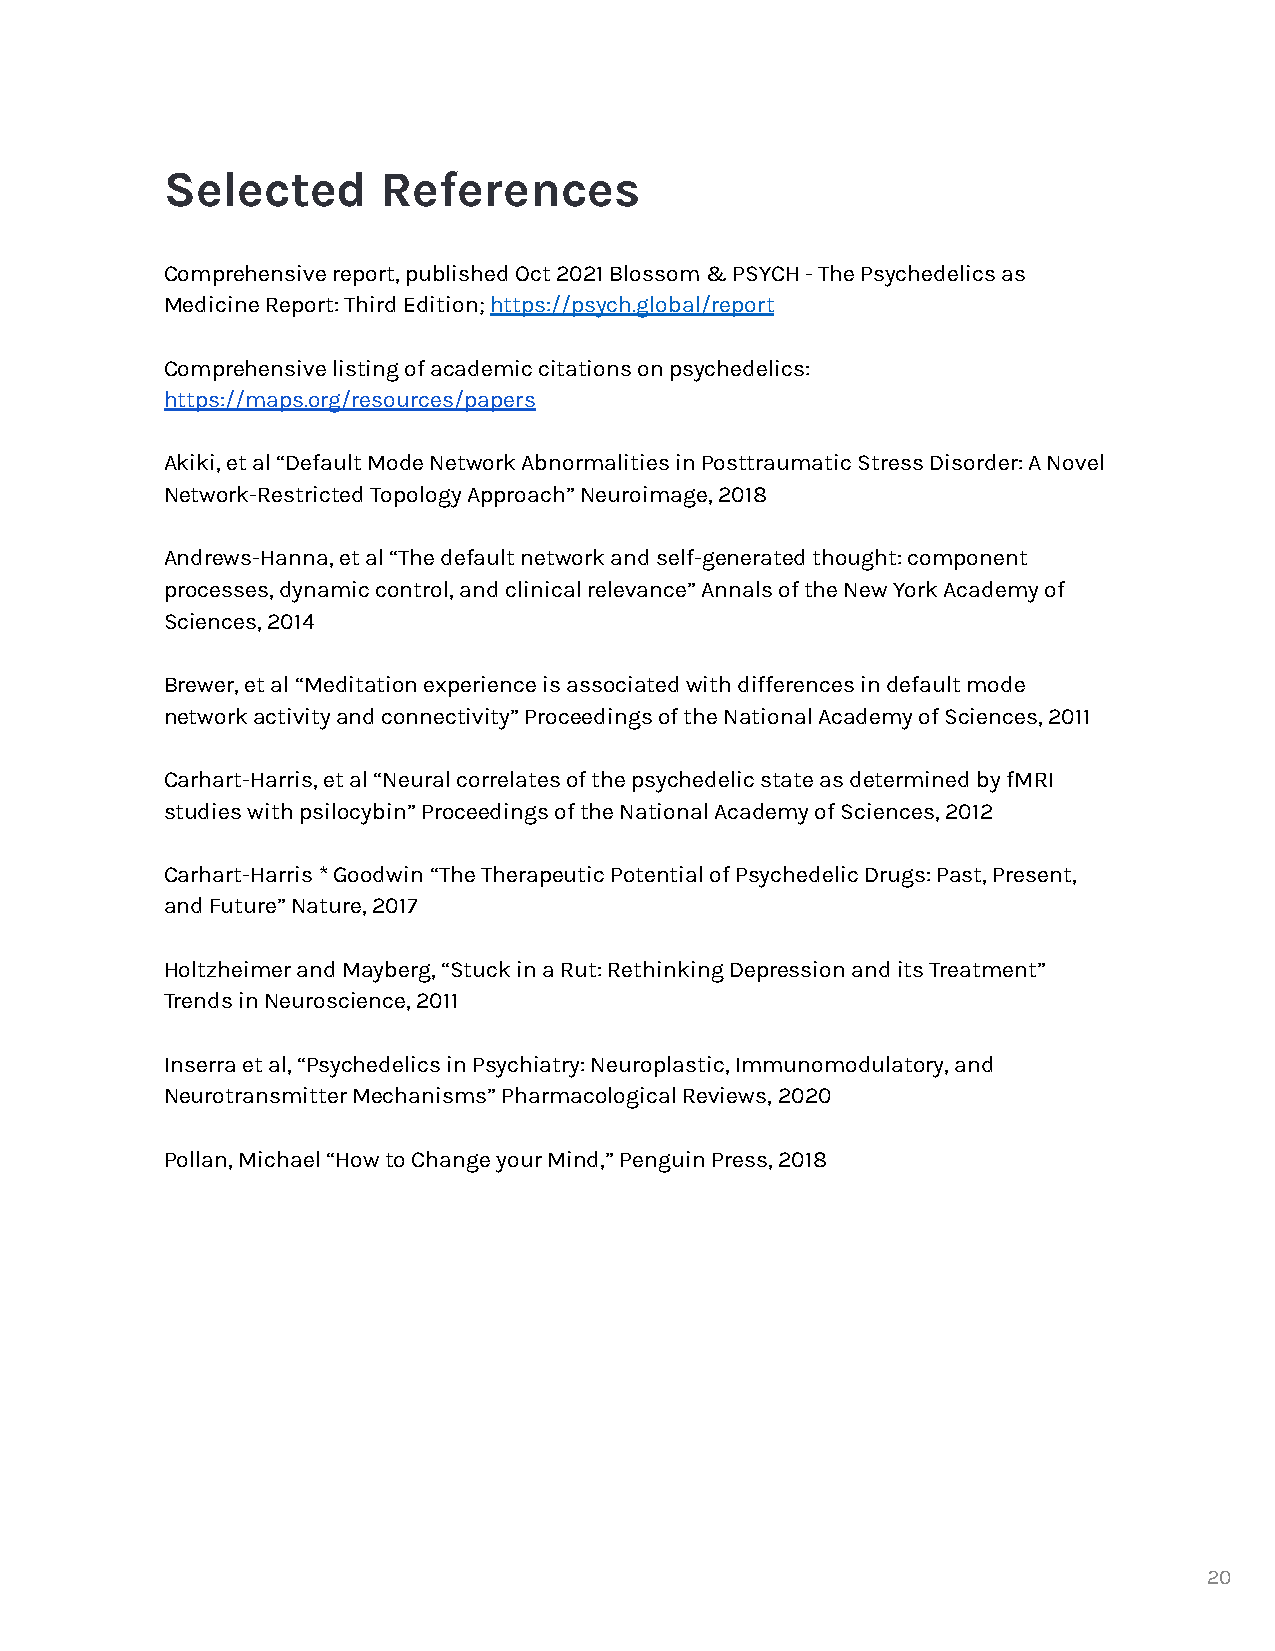
Selected      References
 Comprehensive report, published Oct 2021 Blossom & PSYCH - The Psychedelics as
 Medicine Report: Third Edition; https://psych.global/report
 Comprehensive listing of academic citations on psychedelics:
 https://maps.org/resources/papers
 Akiki, et al “Default Mode Network Abnormalities in Posttraumatic Stress Disorder: A Novel
 Network-Restricted Topology Approach” Neuroimage, 2018
 Andrews-Hanna, et al “The default network and self-generated thought: component
 processes, dynamic control, and clinical relevance” Annals of the New York Academy of
 Sciences, 2014
 Brewer, et al “Meditation experience is associated with differences in default mode
 network activity and connectivity” Proceedings of the National Academy of Sciences, 2011
 Carhart-Harris, et al “Neural correlates of the psychedelic state as determined by fMRI
 studies with psilocybin” Proceedings of the National Academy of Sciences, 2012
 Carhart-Harris * Goodwin “The Therapeutic Potential of Psychedelic Drugs: Past, Present,
 and Future” Nature, 2017
 Holtzheimer and Mayberg, “Stuck in a Rut: Rethinking Depression and its Treatment”
 Trends in Neuroscience, 2011
 Inserra et al, “Psychedelics in Psychiatry: Neuroplastic, Immunomodulatory, and
 Neurotransmitter Mechanisms” Pharmacological Reviews, 2020
 Pollan, Michael “How to Change your Mind,” Penguin Press, 2018
 20